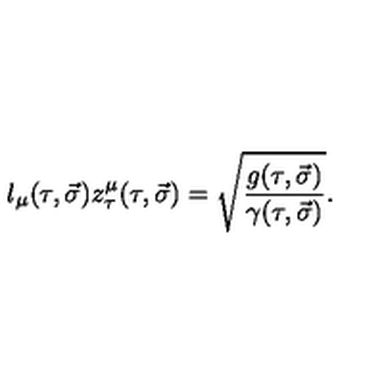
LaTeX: l _ { \mu } ( \tau , \vec { \sigma } ) z _ { \tau } ^ { \mu } ( \tau , \vec { \sigma } ) = \sqrt { \frac { g ( \tau , \vec { \sigma } ) } { \gamma ( \tau , \vec { \sigma } ) } } .